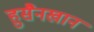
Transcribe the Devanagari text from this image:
हुसैनखान